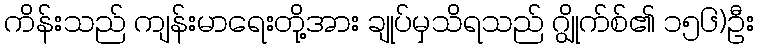
ကိန်းသည် ကျန်းမာရေးတို့အား ချုပ်မှသိရသည် ဂျွိုက်စ်၏ ၁၅၆)ဦး